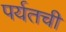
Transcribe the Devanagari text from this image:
पर्यतची